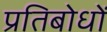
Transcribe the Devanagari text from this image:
प्रतिबोधों